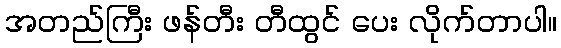
အတည်ကြီး ဖန်တီး တီထွင် ပေး လိုက်တာပါ။